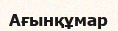
Ағынқұмар